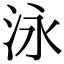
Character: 泳